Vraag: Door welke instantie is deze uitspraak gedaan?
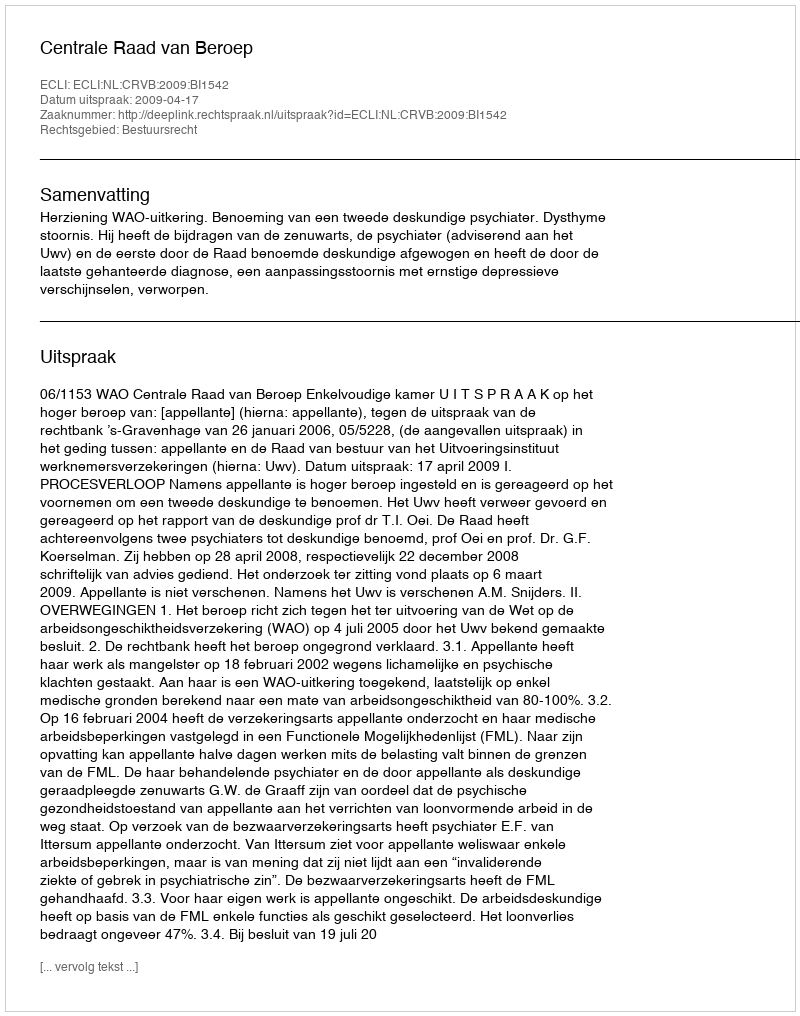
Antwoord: Centrale Raad van Beroep